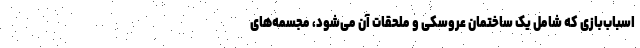
اسباب‌بازی که شامل یک ساختمان عروسکی و ملحقات آن می‌شود، مجسمه‌های